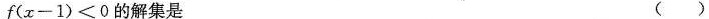
$$f ( x - 1) ≤ 0$$的解集是 ( )